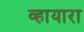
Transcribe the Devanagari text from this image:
व्हायारा